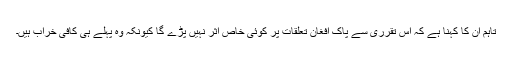
تاہم ان کا کہنا ہے کہ اس تقرری سے پاک افغان تعلقات پر کوئی خاص اثر نہیں پڑے گا کیونکہ وہ پہلے ہی کافی خراب ہیں۔